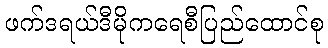
ဖက်ဒရယ်ဒီမိုကရေစီပြည်ထောင်စု